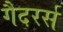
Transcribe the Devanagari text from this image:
गैदरर्स